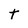
Character: t